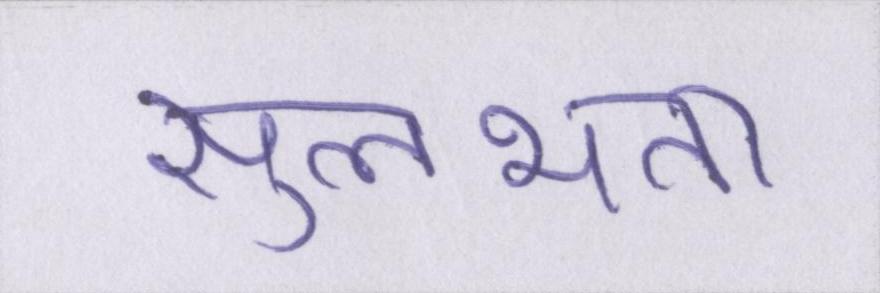
सुलभता